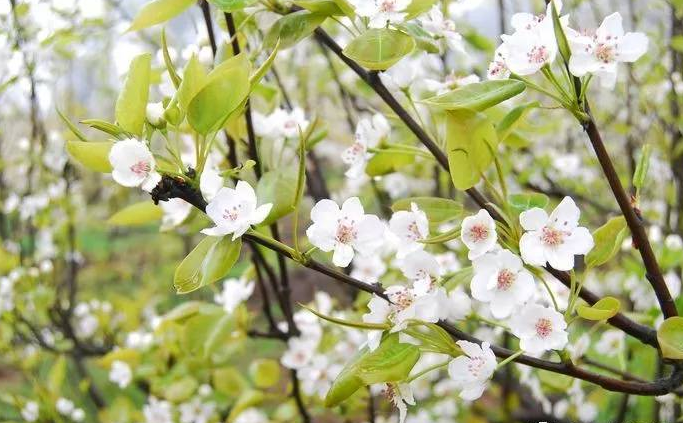
梨花淡白柳深青，柳絮飞时花满城。